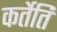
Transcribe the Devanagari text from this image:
कर्तेति